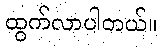
ထွက်လာပါတယ်။